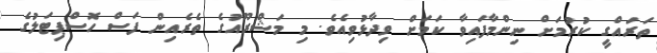
ތަރައްގީ ކުރުމަށް ނިންމާފައިވާ ކަމަށް ވިދާޅުވިއެވެ. މި މަޝްރޫއުގެ ތެރެއިން ފަސް ހޮސްޕިޓަލުގެ